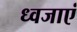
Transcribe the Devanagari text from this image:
ध्वजाएं